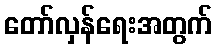
တော်လှန်ရေးအတွက်